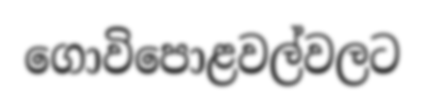
ගොවිපොළවල්වලට